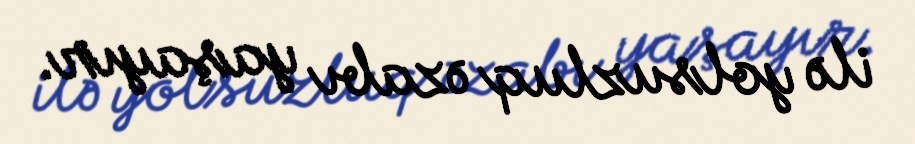
ilə yolsuzluq əzabı yaşayır.